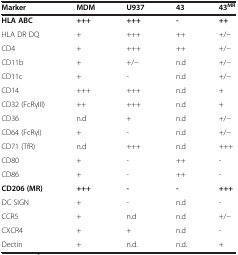
<table><thead><tr><td><b>Marker</b></td><td><b>MDM</b></td><td><b>U937</b></td><td><b>43</b></td><td><b>43<sup>MR</sup></b></td></tr></thead><tbody><tr><td><b>HLA ABC</b></td><td><b>+++</b></td><td><b>+++</b></td><td><b>-</b></td><td><b>++</b></td></tr><tr><td>HLA DR DQ</td><td>+</td><td>+++</td><td>++</td><td>+/−</td></tr><tr><td>CD4</td><td>+</td><td>+++</td><td>++</td><td>+/−</td></tr><tr><td>CD11b</td><td>+</td><td>+/−</td><td>n.d</td><td>+/−</td></tr><tr><td>CD11c</td><td>+</td><td>-</td><td>n.d</td><td>+/−</td></tr><tr><td>CD14</td><td>+++</td><td>+++</td><td>n.d</td><td>+</td></tr><tr><td>CD32 (FcRγIII)</td><td>++</td><td>+++</td><td>n.d</td><td>+</td></tr><tr><td>CD36</td><td>n.d</td><td>+</td><td>n.d</td><td>+/−</td></tr><tr><td>CD64 (FcRγI)</td><td>+</td><td>-</td><td>n.d</td><td>+/−</td></tr><tr><td>CD71 (TfR)</td><td>n.d</td><td>+++</td><td>n.d</td><td>+++</td></tr><tr><td>CD80</td><td>+</td><td>-</td><td>++</td><td>-</td></tr><tr><td>CD86</td><td>+</td><td>-</td><td>++</td><td>-</td></tr><tr><td><b>CD206 (MR)</b></td><td><b>+++</b></td><td><b>-</b></td><td><b>-</b></td><td><b>+++</b></td></tr><tr><td>DC SIGN</td><td>+</td><td>-</td><td>n.d</td><td>-</td></tr><tr><td>CCR5</td><td>+</td><td>n.d</td><td>n.d</td><td>+/−</td></tr><tr><td>CXCR4</td><td>+</td><td>+</td><td>n.d</td><td>-</td></tr><tr><td>Dectin</td><td>+</td><td>n.d.</td><td>n.d.</td><td>+</td></tr></tbody></table>